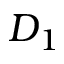
D _ { 1 }